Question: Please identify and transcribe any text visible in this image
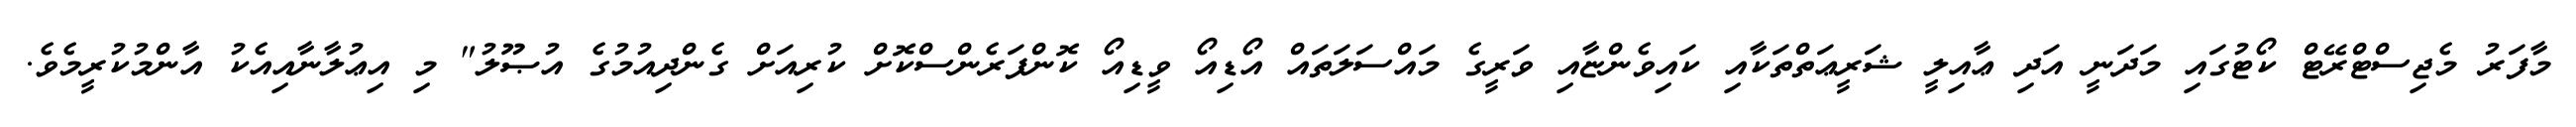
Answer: މާފަރު މެޖިސްޓްރޭޓް ކޯޓުގައި މަދަނީ އަދި ޢާއިލީ ޝަރީޢަތްތަކާއި ކައިވެންޏާއި ވަރީގެ މައްސަލަތައް އޯޑިއޯ ވީޑިއޯ ކޮންފަރެންސްކޮށް ކުރިއަށް ގެންދިއުމުގެ އުޞޫލު" މި އިޢުލާނާއިއެކު އާންމުކުރީމެވެ.